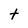
Character: t